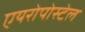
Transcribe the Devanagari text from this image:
एयरोपोस्टेल